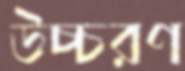
উচ্চরণ